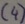
Text: (4)